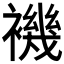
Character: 𧝞